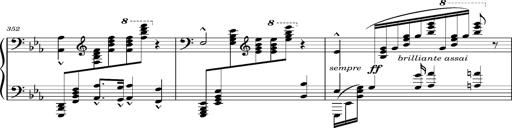
Title: Magyar rapszÃ³diÃ¡k
Composer: Franz Liszt